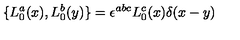
\{ L _ { 0 } ^ { a } ( x ) , L _ { 0 } ^ { b } ( y ) \} = \epsilon ^ { a b c } L _ { 0 } ^ { c } ( x ) \delta ( x - y )